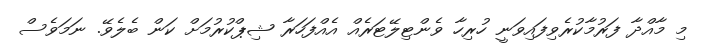
މި މާއްދާ ފަރުމާކުރެވިފައިވަނީ ހުރިހާ ވެންޓިލޭޓަރެއް އެއްފަހަރާ ޝިޕްކުރުމަށް ކަން ބެލެވޭ. ނަމަވެސް